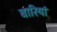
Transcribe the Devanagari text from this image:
बारियां